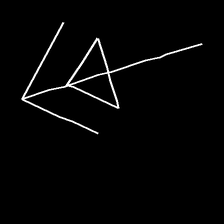
Glyph: pull